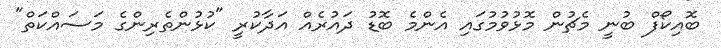
ބޮއިކޯފް ބުނީ މެޗުން މޮޅުވުމުގައި އެންމެ ބޮޑު ދައުރެއް އަދާކުރީ "ކުޅުންތެރިންގެ މަސައްކަތް"